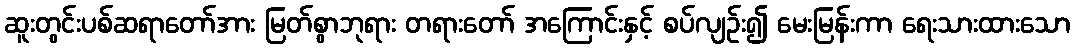
ဆူးတွင်းပစ်ဆရာတော်အား မြတ်စွာဘုရား တရားတော် အကြောင်းနှင့် စပ်လျဉ်း၍ မေးမြန်းကာ ရေးသားထားသော